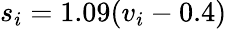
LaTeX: s_{i}=1.09(v_{i}-0.4)\